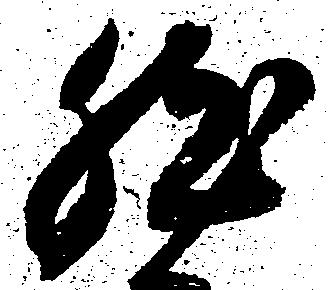
然